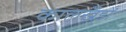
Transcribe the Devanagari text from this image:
कालखँडों